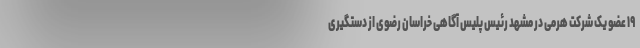
۱۹ عضو یک شرکت هرمی در مشهد رئیس پلیس آگاهی خراسان رضوی از دستگیری